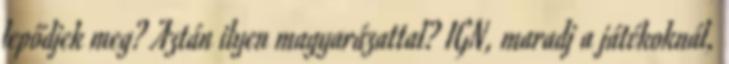
lepődjek meg? Aztán ilyen magyarázattal? IGN, maradj a játékoknál,